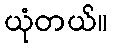
ယုံတယ်။